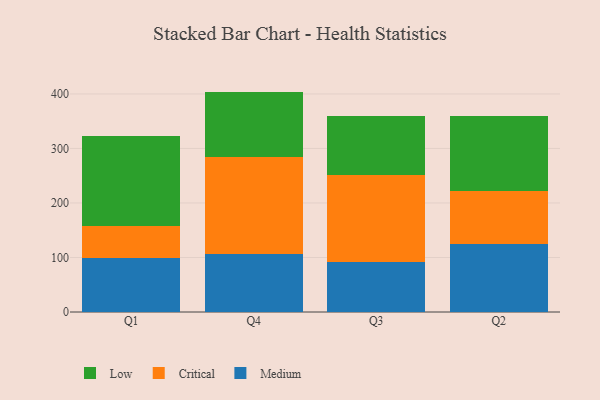
{"axis": {"x": "Quarter", "y": "Page Views"}, "legend": ["Critical", "Low", "Medium"], "data": [{"x": "Q1", "y": 99.9, "type": "Medium"}, {"x": "Q1", "y": 57.3, "type": "Critical"}, {"x": "Q1", "y": 166.3, "type": "Low"}, {"x": "Q4", "y": 106.4, "type": "Medium"}, {"x": "Q4", "y": 177.5, "type": "Critical"}, {"x": "Q4", "y": 120.4, "type": "Low"}, {"x": "Q3", "y": 91.3, "type": "Medium"}, {"x": "Q3", "y": 159.6, "type": "Critical"}, {"x": "Q3", "y": 108.8, "type": "Low"}, {"x": "Q2", "y": 124.2, "type": "Medium"}, {"x": "Q2", "y": 97.5, "type": "Critical"}, {"x": "Q2", "y": 137.3, "type": "Low"}]}